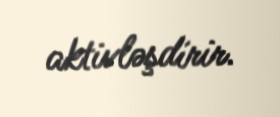
aktivləşdirir.